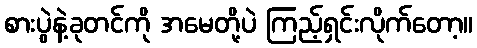
စားပွဲနဲ့ခုတင်ကို အမေတို့ပဲ ကြည့်ရှင်းလိုက်တော့။